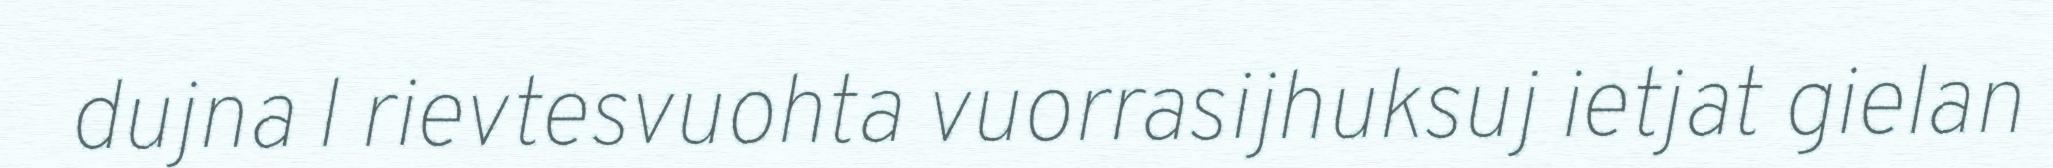
dujna l rievtesvuohta vuorrasijhuksuj ietjat gielan